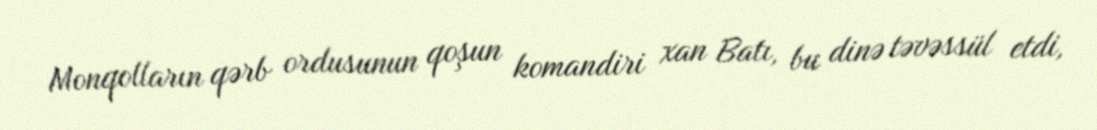
Monqolların qərb ordusunun qoşun komandiri xan Batı, bu dinə təvəssül etdi,